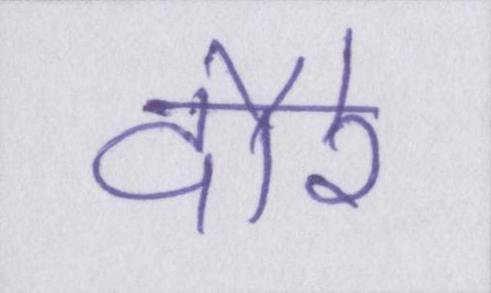
दौरे